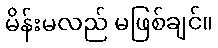
မိန်းမလည် မဖြစ်ချင်။